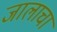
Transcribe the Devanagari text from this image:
जालाचा